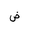
Letter: _dad